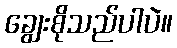
ချွေးစိုသည်ပါပဲ။